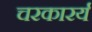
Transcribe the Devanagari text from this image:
चरकारर्य